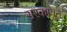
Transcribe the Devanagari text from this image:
सरकावून